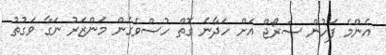
އެންމެ ފަހުން ސަރޯޖް އަށް ހަދާނެ ގޮތް ހުސްވެގެން މަންޒަރު ނަގާ ވަގުތު